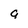
Character: 9